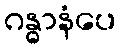
ဂန္ဓာနံပေ